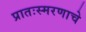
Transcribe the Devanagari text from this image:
प्रातःस्मरणाचे